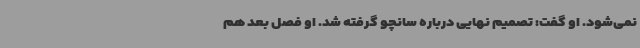
نمی‌شود. او گفت: تصمیم نهایی درباره سانچو گرفته شد. او فصل بعد هم